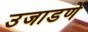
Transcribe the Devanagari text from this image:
उजाडणे